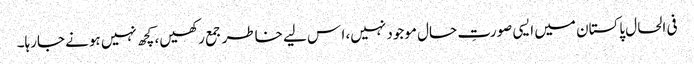
فی الحال پاکستان میں ایسی صورتِ حال موجود نہیں، ا س لیے خاطر جمع رکھیں، کچھ نہیں ہونے جارہا۔